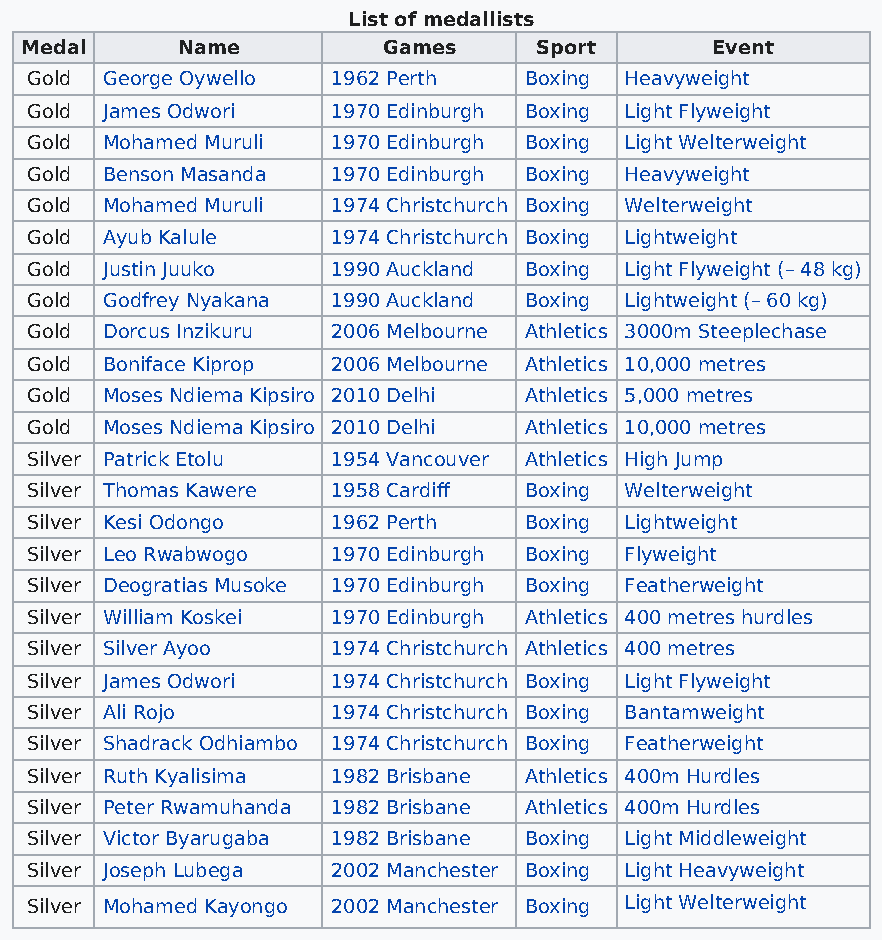
List of medallists
 Medal      Name         Games     Sport       Event
 Gold George Oywello 1962 Perth   Boxing Heavyweight
 Gold James Odwori   1970 Edinburgh Boxing Light Flyweight
 Gold Mohamed Muruli 1970 Edinburgh Boxing Light Welterweight
 Gold Benson Masanda 1970 Edinburgh Boxing Heavyweight
 Gold Mohamed Muruli 1974 Christchurch Boxing Welterweight
 Gold Ayub Kalule    1974 Christchurch Boxing Lightweight
 Gold Justin Juuko   1990 Auckland Boxing Light Flyweight (– 48 kg)
 Gold Godfrey Nyakana 1990 Auckland Boxing Lightweight (– 60 kg)
 Gold Dorcus Inzikuru 2006 Melbourne Athletics 3000m Steeplechase
 Gold Boniface Kiprop 2006 Melbourne Athletics 10,000 metres
 Gold Moses Ndiema Kipsiro 2010 Delhi Athletics 5,000 metres
 Gold Moses Ndiema Kipsiro 2010 Delhi Athletics 10,000 metres
 Silver Patrick Etolu 1954 Vancouver Athletics High Jump
 Silver Thomas Kawere 1958 Cardiff Boxing Welterweight
 Silver Kesi Odongo  1962 Perth   Boxing Lightweight
 Silver Leo Rwabwogo 1970 Edinburgh Boxing Flyweight
 Silver Deogratias Musoke 1970 Edinburgh Boxing Featherweight
 Silver William Koskei 1970 Edinburgh Athletics 400 metres hurdles
 Silver Silver Ayoo  1974 Christchurch Athletics 400 metres
 Silver James Odwori 1974 Christchurch Boxing Light Flyweight
 Silver Ali Rojo     1974 Christchurch Boxing Bantamweight
 Silver Shadrack Odhiambo 1974 Christchurch Boxing Featherweight
 Silver Ruth Kyalisima 1982 Brisbane Athletics 400m Hurdles
 Silver Peter Rwamuhanda 1982 Brisbane Athletics 400m Hurdles
 Silver Victor Byarugaba 1982 Brisbane Boxing Light Middleweight
 Silver Joseph Lubega 2002 Manchester Boxing Light Heavyweight
 Silver Mohamed Kayongo 2002 Manchester Boxing Light Welterweight